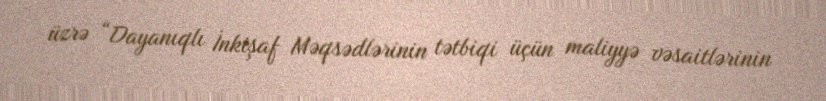
üzrə “Dayanıqlı İnkişaf Məqsədlərinin tətbiqi üçün maliyyə vəsaitlərinin